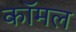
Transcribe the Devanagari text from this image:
कॉमल